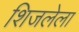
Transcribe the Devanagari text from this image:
शिजलेला